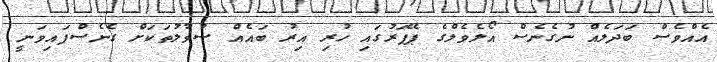
އެއްވެސް ބަދަލެއް ނުގެނެސް އޯލެވެލްގެ ޕޭޕަރުގައި ހުރި އިރު ބައެއް ސުވާލުތަކަށް ގެނެސްފައިވަނީ